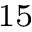
^ { 1 5 }